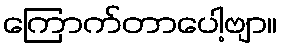
ကြောက်တာပေါ့ဗျာ။